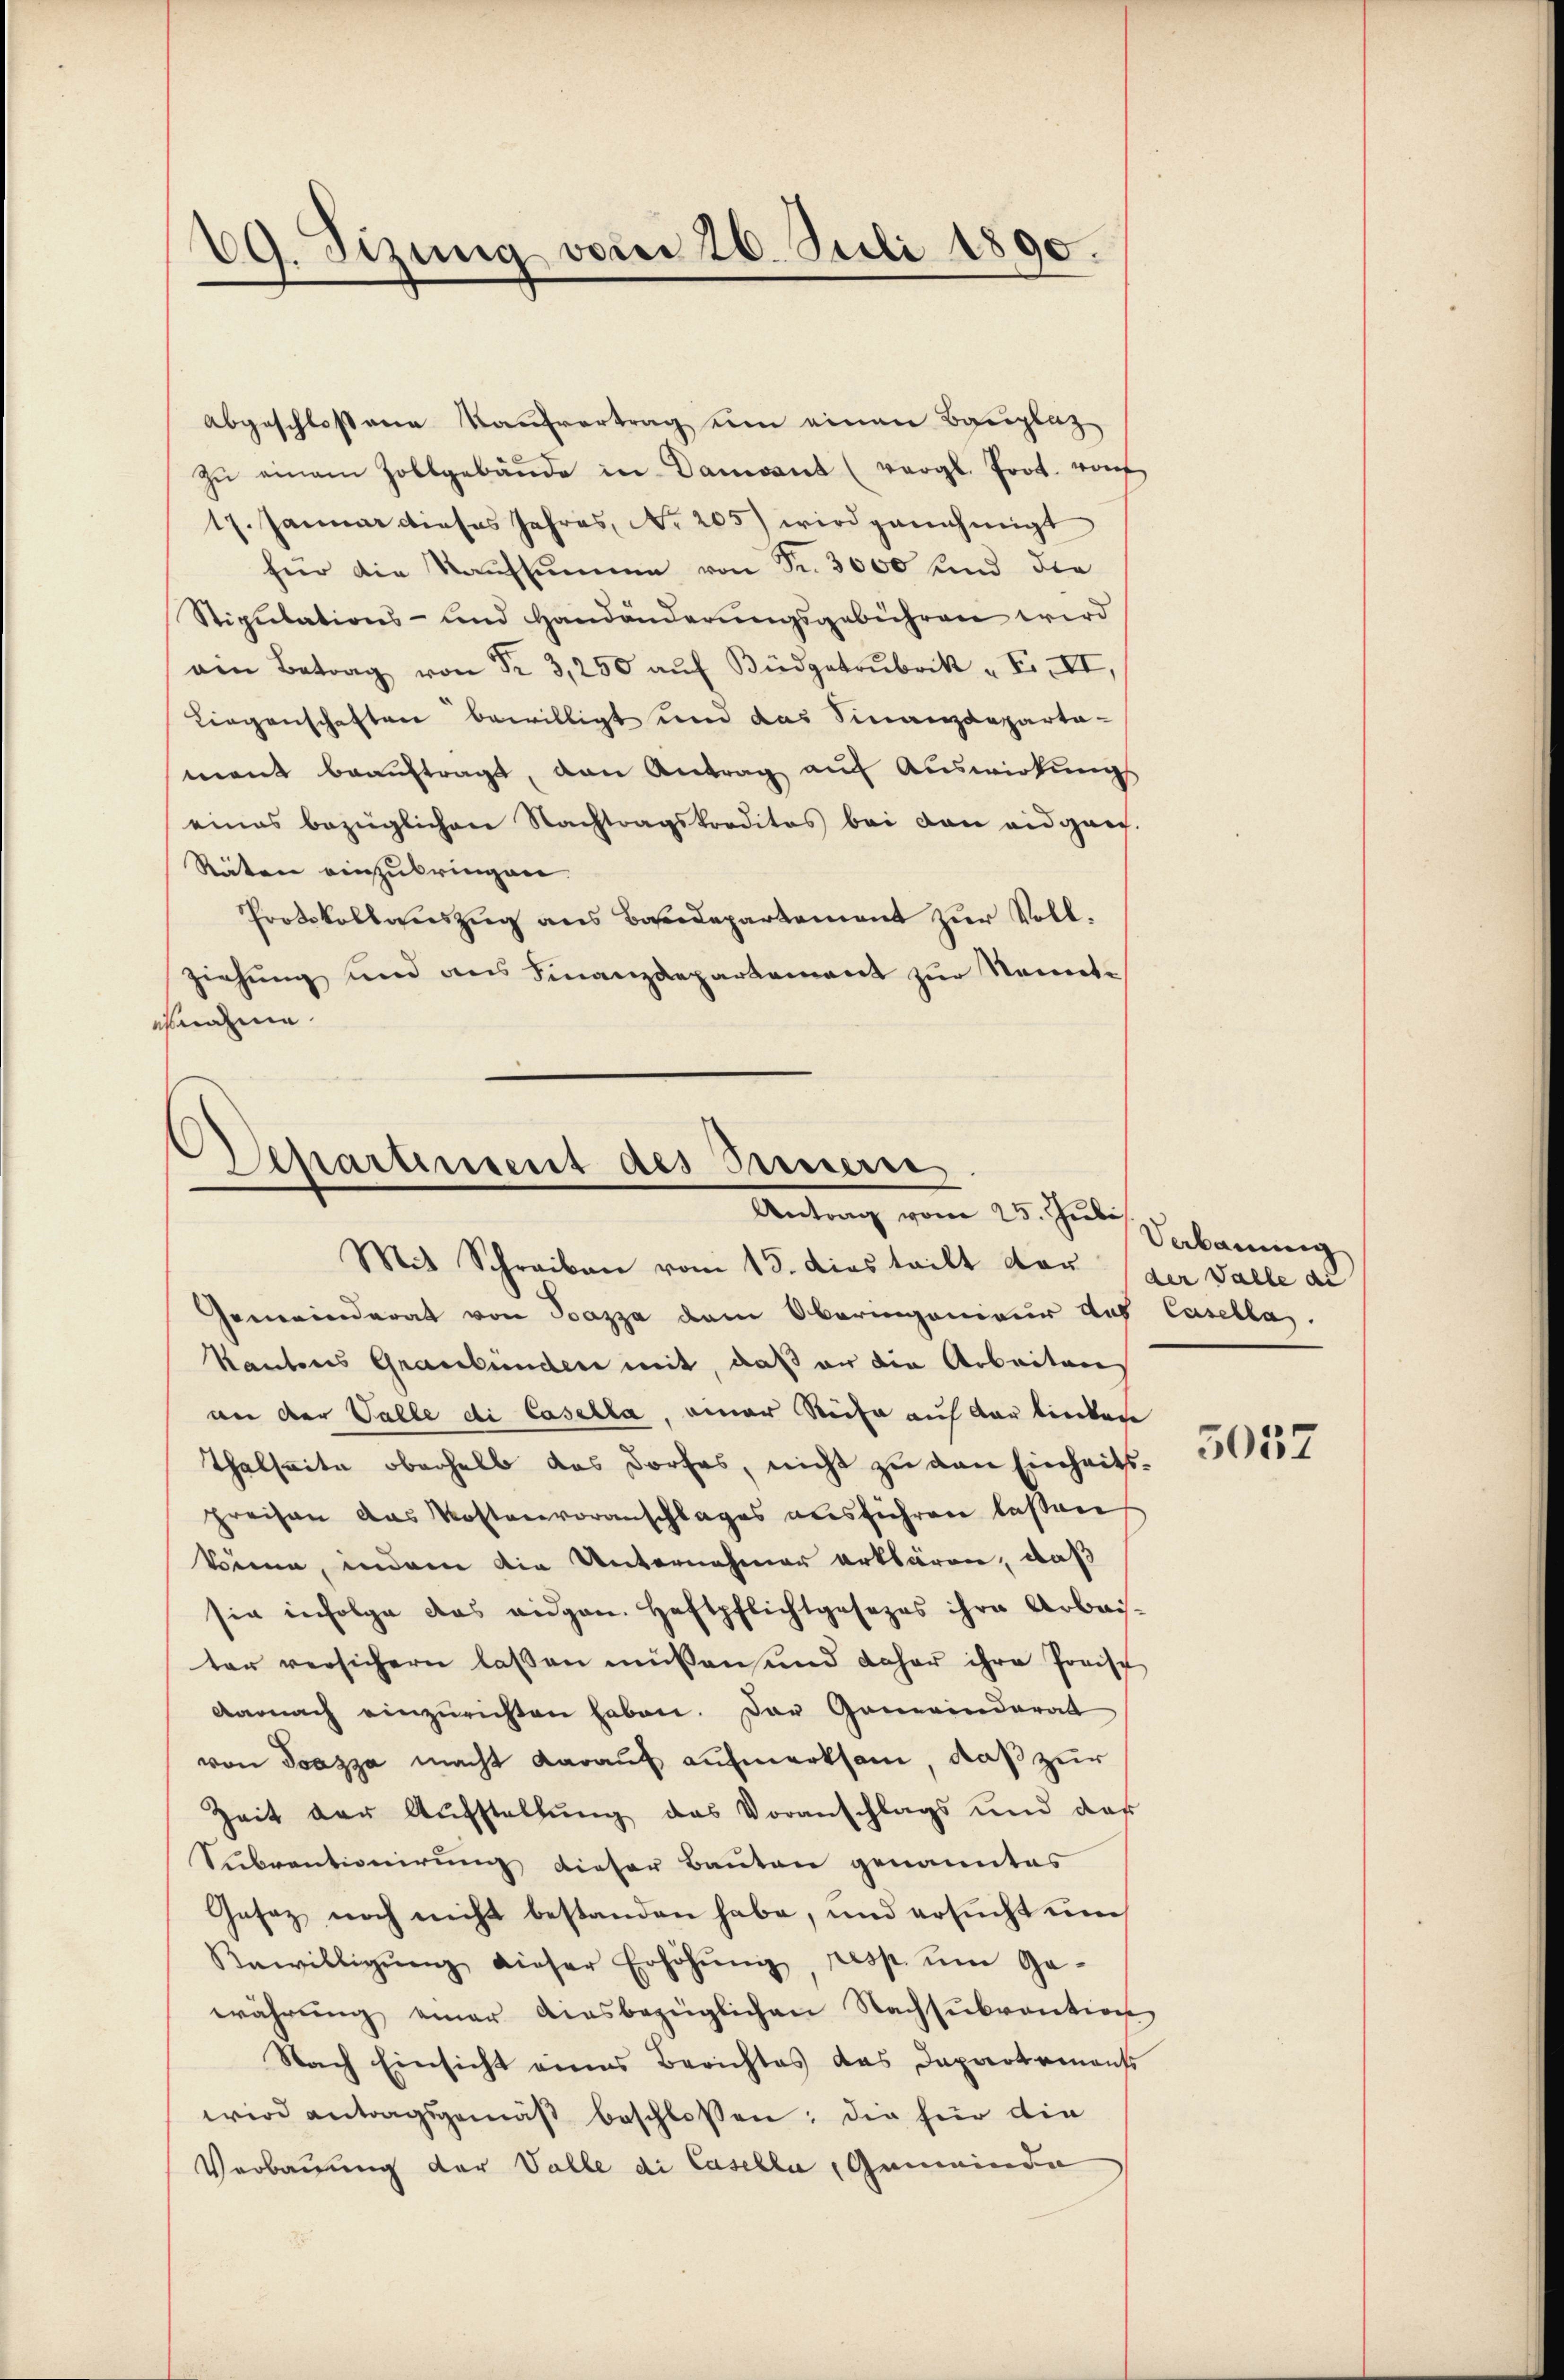
29. Sizung vom 26. Juli 1890.

abgeschloßene Kaufvertrag ein einen Bauplaz
Zŭ einem Zollgebäŭde in Dament (vergl. Prot. von
17. Januar dieses Jahres, No 205) wird genehmigt
für die Kaufsumme von Fr. 3000 und die
Stipulations- und Handänderungsgebühren wird
in Betrag von 3,250 aŭf Büdget " F. II,
Liegenschaften bewilligt und das Finanzdeparta-
mant beauftragt, von Antrag auf Auswirkungs
eines bezüglichen Nachtragskreditos bei von eidgang.
Räten einzubringen.
Protokollauszug aus Badepartement zur Vollziehung und aus Finanzdepartement zur Nemete
esnahme

Departement des Innern,
Antrag vom 25. Juli
Mit Schreiben vom 15. dies teilt der (der Valle di

Gemeinderat von Pazza dem Oberingenieur das Casella.
Kantons Graubünden mit, daß er die Arbeiten
an der Valle di Casella, einer Siche auf der linken
Thalseite oberhalb das Dorfes, nicht zu den Einheitspreisen das Kostenvoranschlages ausführen lassen
könne, indem die Unternehmer erklären, daß
sie infolge das eidgen. Haftpflichtgesezes ihre Arbais-
ter versichern laßen müssen und daher ihre Preise
Darnach einzurichten haben. Der Gemeinderat
von Teazza macht darauf aufmerksam, daß zur
Zeit der Aufstellung des Voranschlags und das
Subventionirung dieser Bauten genanntes
Gesez noch nicht bestanden habe, und ersucht un
Bewilligŭng dieser Erhöhŭng, resp. ŭm Ge-
währung einer ausbezüglichen Nachsubvention
Nach Einsicht eines Berichtes das Departemens
wird antragsgemäβ beschlossen; die für die
Verbauung der Valle di Casella, Gemeinde

Verbauung

5057